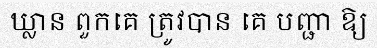
ឃ្លាន ពួកគេ ត្រូវបាន គេ បញ្ជា ឱ្យ